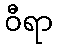
ဝီရာ